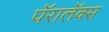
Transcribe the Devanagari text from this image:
पॅरालॅक्स